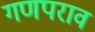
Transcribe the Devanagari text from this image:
गणपराव